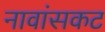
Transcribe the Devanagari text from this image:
नावांसकट